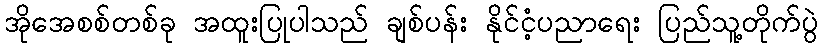
အိုအေစစ်တစ်ခု အထူးပြုပါသည် ချစ်ပန်း နိုင်ငံ့ပညာရေး ပြည်သူ့တိုက်ပွဲ